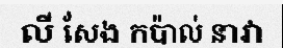
លី សែង កប៉ាល់ នាវា